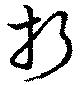
折